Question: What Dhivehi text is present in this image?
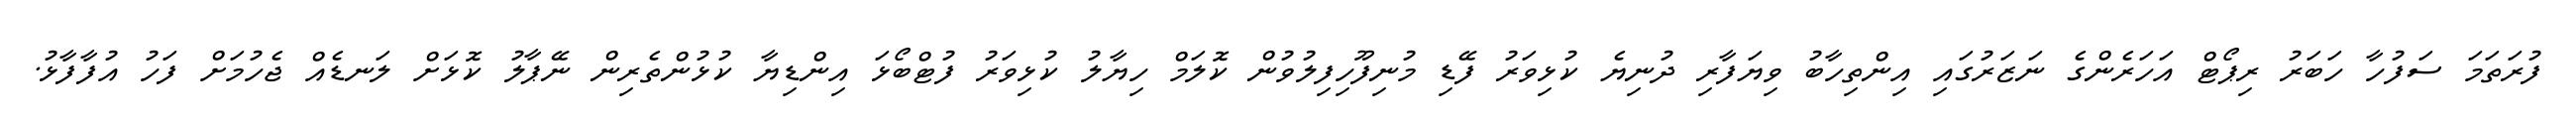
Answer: ފުރަތަމަ ސަފުހާ ހަބަރު ރިޕޯޓް އަހަރެންގެ ނަޒަރުގައި އިންތިހާބު ވިޔަފާރި ދުނިޔެ ކުޅިވަރު ފޭޑި މުނިފޫހިފިލުވުން ކޮލަމް ހިޔާލު ކުޅިވަރު ފުޓްބޯޅަ އިންޑިޔާ ކުޅުންތެރިން ނޭޕާލު ކޮޅަށް ލަނޑެއް ޖެހުމަށް ފަހު އުފާފާޅު.